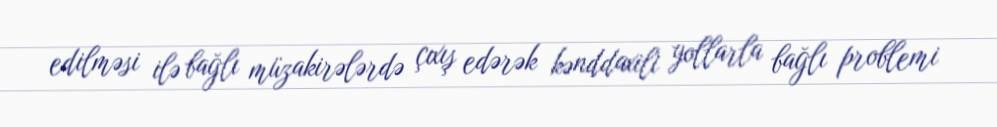
edilməsi ilə bağlı müzakirələrdə çıxış edərək kənddaxili yollarla bağlı problemi